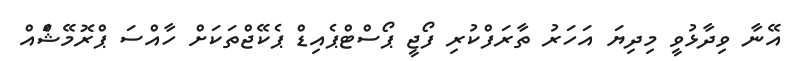
އޭނާ ވިދާޅުވީ މިދިޔަ އަހަރު ތާރަފްކުރި ފޯޖީ ޕޯސްޓްޕެއިޑް ޕެކޭޖްތަކަށް ހާއްސަ ޕްރޮމޭޝަްެއް